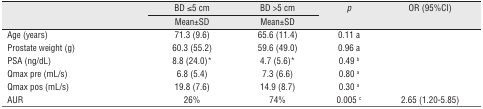
<table><thead><tr><td></td><td><b>BD ≤5 cm</b></td><td><b>BD &gt;5 cm</b></td><td><b><i>p</i></b></td><td><b>OR (95%CI)</b></td></tr><tr><td></td><td><b>Mean±SD</b></td><td><b>Mean±SD</b></td><td></td><td></td></tr></thead><tbody><tr><td>Age (years)</td><td>71.3 (9.6)</td><td>65.6 (11.4)</td><td>0.11 a</td><td></td></tr><tr><td>Prostate weight (g)</td><td>60.3 (55.2)</td><td>59.6 (49.0)</td><td>0.96 a</td><td></td></tr><tr><td>PSA (ng/dL)</td><td>8.8 (24.0)*</td><td>4.7 (5.6)*</td><td>0.49 b</td><td></td></tr><tr><td>Qmax pre (mL/s)</td><td>6.8 (5.4)</td><td>7.3 (6.6)</td><td>0.80 a</td><td></td></tr><tr><td>Qmax pos (mL/s)</td><td>19.8 (7.6)</td><td>14.9 (8.7)</td><td>0.30 a</td><td></td></tr><tr><td>AUR</td><td>26%</td><td>74%</td><td>0.005 c</td><td>2.65 (1.20-5.85)</td></tr></tbody></table>